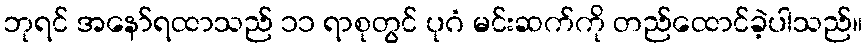
ဘုရင် အနော်ရထာသည် ၁၁ ရာစုတွင် ပုဂံ မင်းဆက်ကို တည်ထောင်ခဲ့ပါသည်။